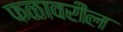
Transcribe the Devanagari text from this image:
फळावरील